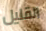
القليل